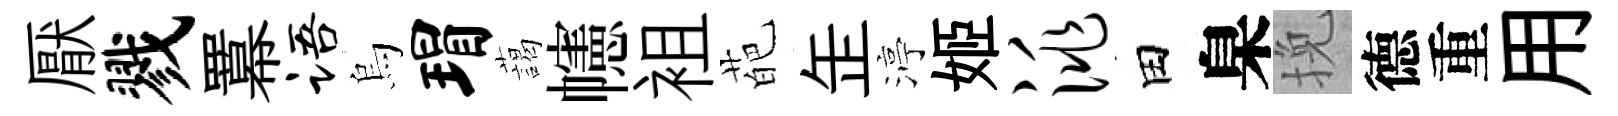
厭戮羃语烏瑁藹幰袓葩𦈢渟姬洮田臬挽德重用